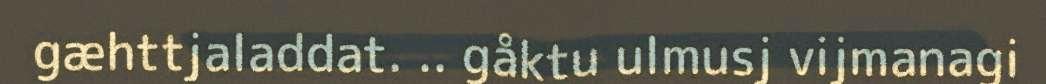
gæhttjaladdat. .. gåktu ulmusj vijmanagi